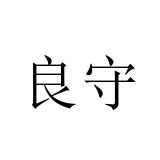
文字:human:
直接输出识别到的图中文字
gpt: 良守